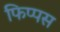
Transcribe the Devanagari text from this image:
फिप्पस